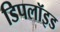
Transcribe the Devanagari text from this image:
डिपलॉइड